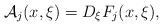
\begin{align*}\mathcal{A}_j(x,\xi)= D_{\xi}F_j(x,\xi), \end{align*}